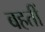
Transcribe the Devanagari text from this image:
बहतीं